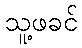
သူ့ဖခင်